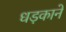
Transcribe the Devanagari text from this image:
धड़काने